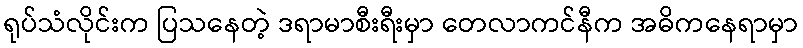
ရုပ်သံလိုင်းက ပြသနေတဲ့ ဒရာမာစီးရီးမှာ တေလာကင်နီက အဓိကနေရာမှာ